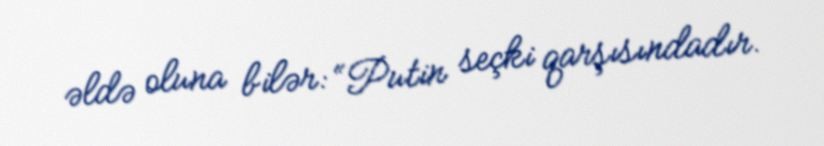
əldə oluna bilər: “Putin seçki qarşısındadır.